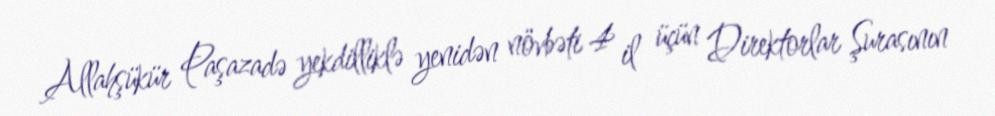
Allahşükür Paşazadə yekdilliklə yenidən növbəti 4 il üçün Direktorlar Şurasının